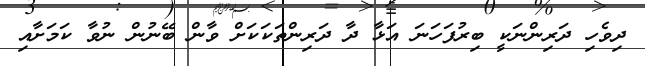
ދިވެހި ދަރިންނަކީ ބިރުފަހަނަ އަޅާ ދާ ދަރިންތަކަކަށް ވާން ބޭނުން ނުވާ ކަމަށާއި